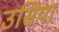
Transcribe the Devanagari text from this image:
उसिया